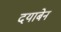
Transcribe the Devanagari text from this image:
दयाबेन